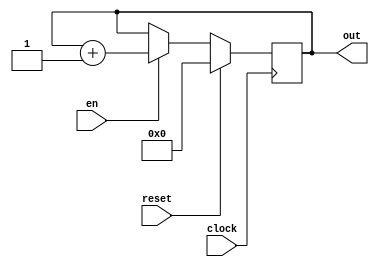
`timescale 1ns / 1ps
//////////////////////////////////////////////////////////////////////////////////
// Company: 
// Engineer: 
// 
// Design Name: 
// Module Name: counter11b
// Project Name: 
// Target Devices: 
// Tool Versions: 
// Description: 
// 
// Dependencies: 
// 
// Revision:
// Revision 0.01 - File Created
// Additional Comments:
// 
//////////////////////////////////////////////////////////////////////////////////


module counter11b(
    input clock,
    input en,
    input reset,
    output reg [10:0] out
    );
    always@(posedge clock) begin
        if(reset == 1) begin
            out = 0;
        end
        else begin
            if(en == 1) begin
                out = out + 1;
            end
        end
    end
endmodule